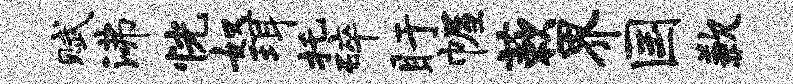
赋沸恍奴珥托碎盱幄蔌界国歉